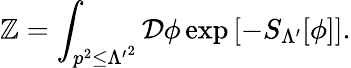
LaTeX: \mathbb{Z}=\int_{p^{2}\leq{\Lambda^{\prime}}^{2}}{\mathcal{{D}}}\phi\exp\left[-S_{\Lambda^{\prime}}[\phi]\right].